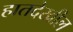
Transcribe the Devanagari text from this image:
हातदेखील